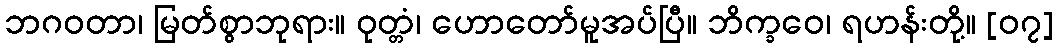
ဘဂဝတာ၊ မြတ်စွာဘုရား။ ဝုတ္တံ၊ ဟောတော်မူအပ်ပြီ။ ဘိက္ခဝေ၊ ရဟန်းတို့။ [၀၇]